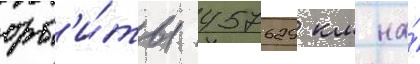
орб'и́ты 457629 км на́